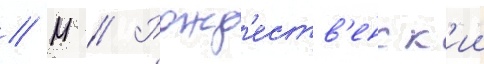
// М // Рожд'еств'енск'ии